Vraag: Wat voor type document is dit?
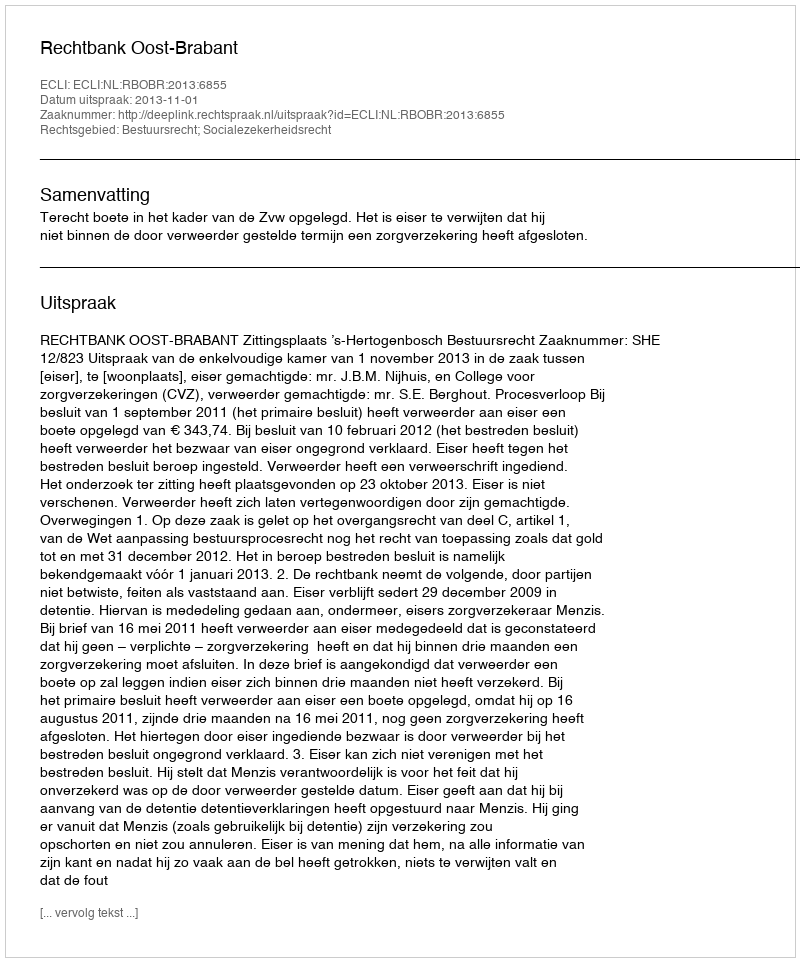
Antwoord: Uitspraak